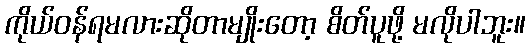
ကိုယ်ဝန်ရမလားဆိုတာမျိုးတော့ စိတ်ပူဖို့ မလိုပါဘူး။